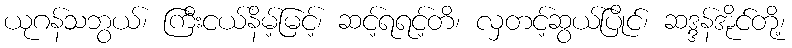
ယုဂန်သဘွယ်၊ ကြီးငယ်နိမ့်မြင့်၊ ဆင့်ရရင့်တိ၊ လှတင့်ဆွယ်ပြိုင်၊ ဆဒ္ဒန်အိုင်တို့၊